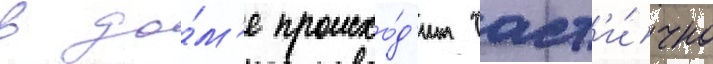
в до́м'е происхо́д'ит част'и́чно